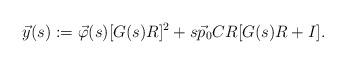
LaTeX: \begin{align*}\vec{y}(s) := \vec{\varphi}(s)[G(s)R]^2 + s\vec{p}_0 CR[G(s)R + I].\end{align*}